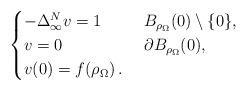
LaTeX: \begin{align*}\begin{cases}-\Delta^N_{\infty} v = 1 & \ B_{\rho _\Omega}(0)\setminus\{0\},\\v = 0 & \ \partial B_{\rho _\Omega}(0),\\v(0) = f (\rho _\Omega)\,.\end{cases}\end{align*}